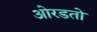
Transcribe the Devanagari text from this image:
ओरडतो